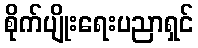
စိုက်ပျိုးရေးပညာရှင်